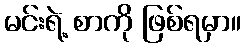
မင်းရဲ့ စာကို ဖြစ်ရမှာ။